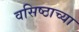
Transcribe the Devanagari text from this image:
वसिष्ठाच्या